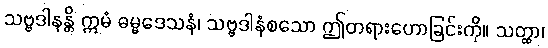
သဗ္ဗဒါနန္တိ ဣမံ ဓမ္မဒေသနံ၊ သဗ္ဗဒါနံစသော ဤတရားဟောခြင်းကို။ သတ္ထာ၊